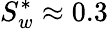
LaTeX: S_{w}^{*}\approx 0.3